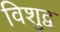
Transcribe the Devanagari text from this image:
विशुद्व